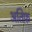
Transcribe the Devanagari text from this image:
अतिफ़